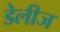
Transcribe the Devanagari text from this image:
डेलीज